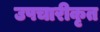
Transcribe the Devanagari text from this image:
उपचारीकृत